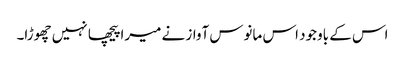
اس کے باوجود اس مانوس آواز نے میرا پیچھا نہیں چھوڑا۔